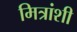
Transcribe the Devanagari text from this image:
मित्रांशी